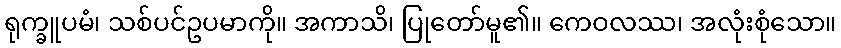
ရုက္ခူပမံ၊ သစ်ပင်ဥပမာကို။ အကာသိ၊ ပြုတော်မူ၏။ ကေဝလဿ၊ အလုံးစုံသော။